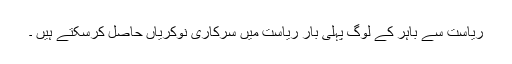
ریاست سے باہر کے لوگ پہلی بار ریاست میں سرکاری نوکریاں حاصل کرسکتے ہیں ۔